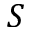
{ \cal S }